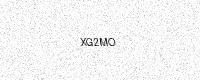
Text: XG2MO